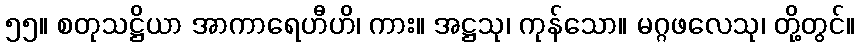
၅၅။ စတုသဋ္ဌိယာ အာကာရေဟီဟိ၊ ကား။ အဋ္ဌသု၊ ကုန်သော။ မဂ္ဂဖလေသု၊ တို့တွင်။